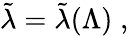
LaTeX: \tilde{\lambda}=\tilde{\lambda}(\Lambda)\; ,